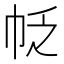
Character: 𰏖